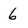
Character: 6